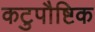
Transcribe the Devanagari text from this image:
कटुपौष्टिक